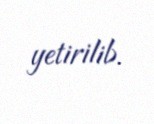
yetirilib.